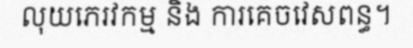
លុយភេរវកម្ម និង ការគេចវេសពន្ធ។